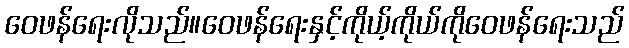
ဝေဖန်ရေးလိုသည်။ဝေဖန်ရေးနှင့်ကိုယ့်ကိုယ်ကိုဝေဖန်ရေးသည်